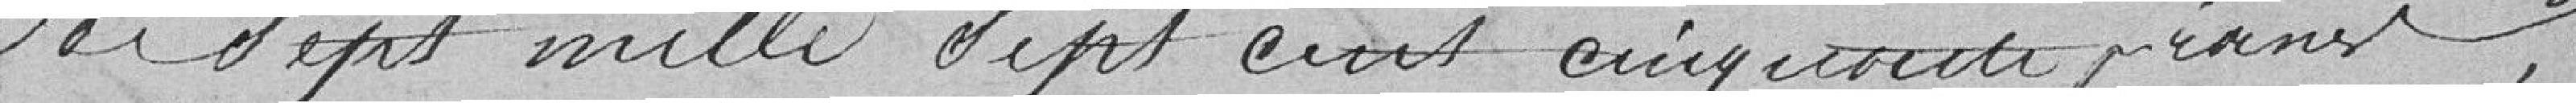
de sept mille sept cent cinquante francs